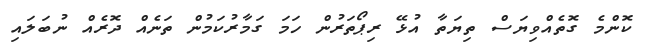
ކޮންމެ ގޮތެއްވިޔަސް ތިޔަތާ އުޅޭ ރިޕޯތަރުން ހަމަ ގަމާރުކަމުން ތަނެއް ދޮރެއް ނުބަލައި